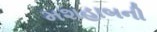
મશહાબની